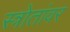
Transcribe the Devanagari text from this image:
स्त्रोतांवर